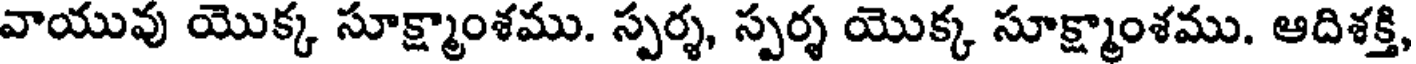
వాయువు యొక్క సూక్ష్మాంశము. స్పర్శ, స్పర్శ యొక్క సూక్ష్మాంశము. ఆదిశక్తి,